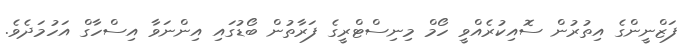
ފަޒްނީންގެ އިތުރުން ސޮއިކުރެއްވީ ހޯމް މިނިސްޓްރީގެ ފަރާތުން ބޯޑުގައި އިންނަވާ އިސްހާގް އަހުމަދެވެ.